Calcutta medical institutions reports 1879-81 [i.e.91]
Year: 1879
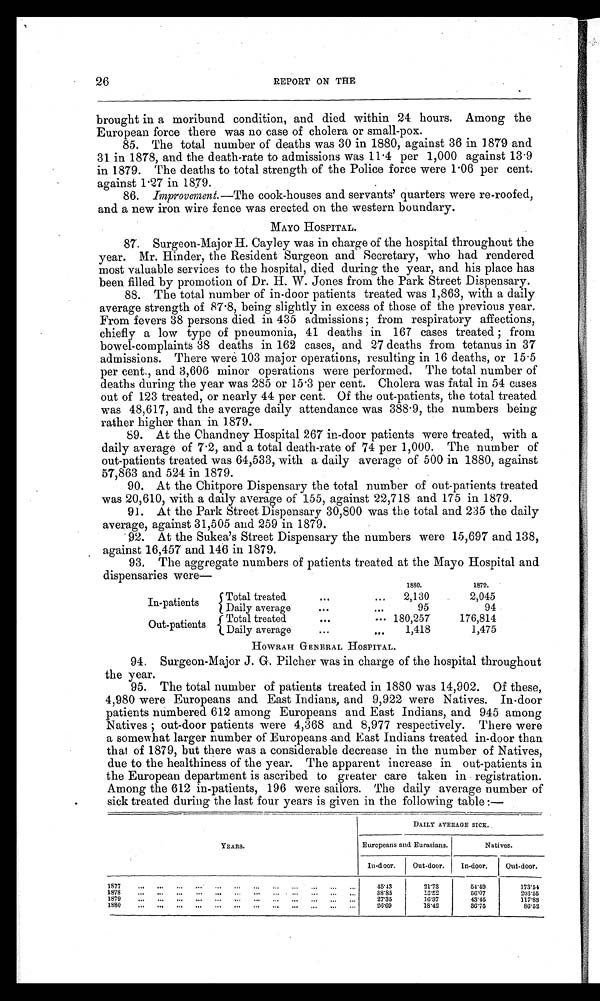
26
REPORT ON THE
brought in a moribund condition, and died within 24 hours. Among the
European force there was no case of cholera or small-pox.
85. The total number of deaths was 30 in 1880, against 36 in 1879 and
31 in 1878, and the death-rate to admissions was 11.4 per 1,000 against 13.9
in 1879. The deaths to total strength of the Police force were 1.06 per cent.
against 1.27 in 1879.
86. Improvement.—The cook-houses and servants' quarters were re-roofed,
and a new iron wire fence was erected on the western boundary.
MAYO HOSPITAL.
87. Surgeon-Major H. Cayley was in charge of the hospital throughout the
year. Mr. Hinder, the Resident Surgeon and Secretary, who had rendered
most valuable services to the hospital, died during the year, and his place has
been filled by promotion of Dr. H. W. Jones from the Park Street Dispensary.
88. The total number of in-door patients treated was 1,863, with a daily
average strength of 87.8, being slightly in excess of those of the previous year.
From fevers 38 persons died in 435 admissions; from respiratory affections,
chiefly a low type of pneumonia, 41 deaths in 167 cases treated; from
bowel-complaints 38 deaths in 162 cases, and 27 deaths from tetanus in 37
admissions. There were 103 major operations, resulting in 16 deaths, or 15.5
per cent., and 3,606 minor operations were performed. The total number of
deaths during the year was 285 or 15.3 per cent. Cholera was fatal in 54 cases
out of 123 treated, or nearly 44 per cent. Of the out-patients, the total treated
was 48,617, and the average daily attendance was 388.9, the numbers being
rather higher than in 1.879.
89. At the Chandney Hospital 267 in-door patients were treated, with a
daily average of 7.2, and a total death-rate of 74 per 1,000. The number of
out-patients treated was 64,533, with a daily average of 500 in 1880, against
57,863 and 524 in 1879.
90. At the Chitpore Dispensary the total number of out-patients treated
was 20,610, with a daily average of 155, against 22,718 and 175 in 1879.
91. At the Park Street Dispensary 30,800 was the total and 235 the daily
average, against 31,505 and 259 in 1879.
92. At the Sukea's Street Dispensary the numbers were 15,697 and 138,
against 16,457 and 146 in 1879.
93. The aggregate numbers of patients treated at the Mayo Hospital and
dispensaries were—
1880.
1879. 879
In-patients
Total treated
2,130
2,045
Daily average
95
94
Out-patients
Total treated
...
. . . 180,257
176,814
Daily average
1,418
1,475
HOWRAH GENERAL HOSPITAL.
94. Surgeon-Major J. G. Pilcher was in charge of the hospital throughout
the year.
95. The total number of patients treated in 1880 was 14,902. Of these,
4,980 were Europeans and East Indians, and 9,922 were Natives. In-door
patients numbered 612 among Europeans and East Indians, and 945 among
N a t i v e s ; o u t - d o o r p a t i e n t s w e r e 4 , 3 6 8 a n d 8 , 9 7 7 r e s p e c t i v e l y . T h e r e w e r e
a somewhat larger number of Europeans and East Indians treated in-door than
that of 1879, but there was a considerable decrease in the number of Natives,
due to the healthiness of the year. The apparent increase in out-patients in
the European department is ascribed to greater care taken in registration.
Among the 612 in-patients, 196 were sailors. The daily average number of
sick treated during the last four years is given in the following table
DAILY AVERAGE SICK.
YEARS.
Europeans and Eurasians.
Natives.
In-door. Out-door. In-door. Out-door.
1 8 7 7
45.43
I 21.73
54.49
173.54
1 8 7 8 38.85
13.52
5 6 . 0 7
203.55
1 8 7 9 27.35
1 6 . 3 7
43.45
117.88
1 8 8 0
26.69
18.42
36.75
8 6 . 5 2